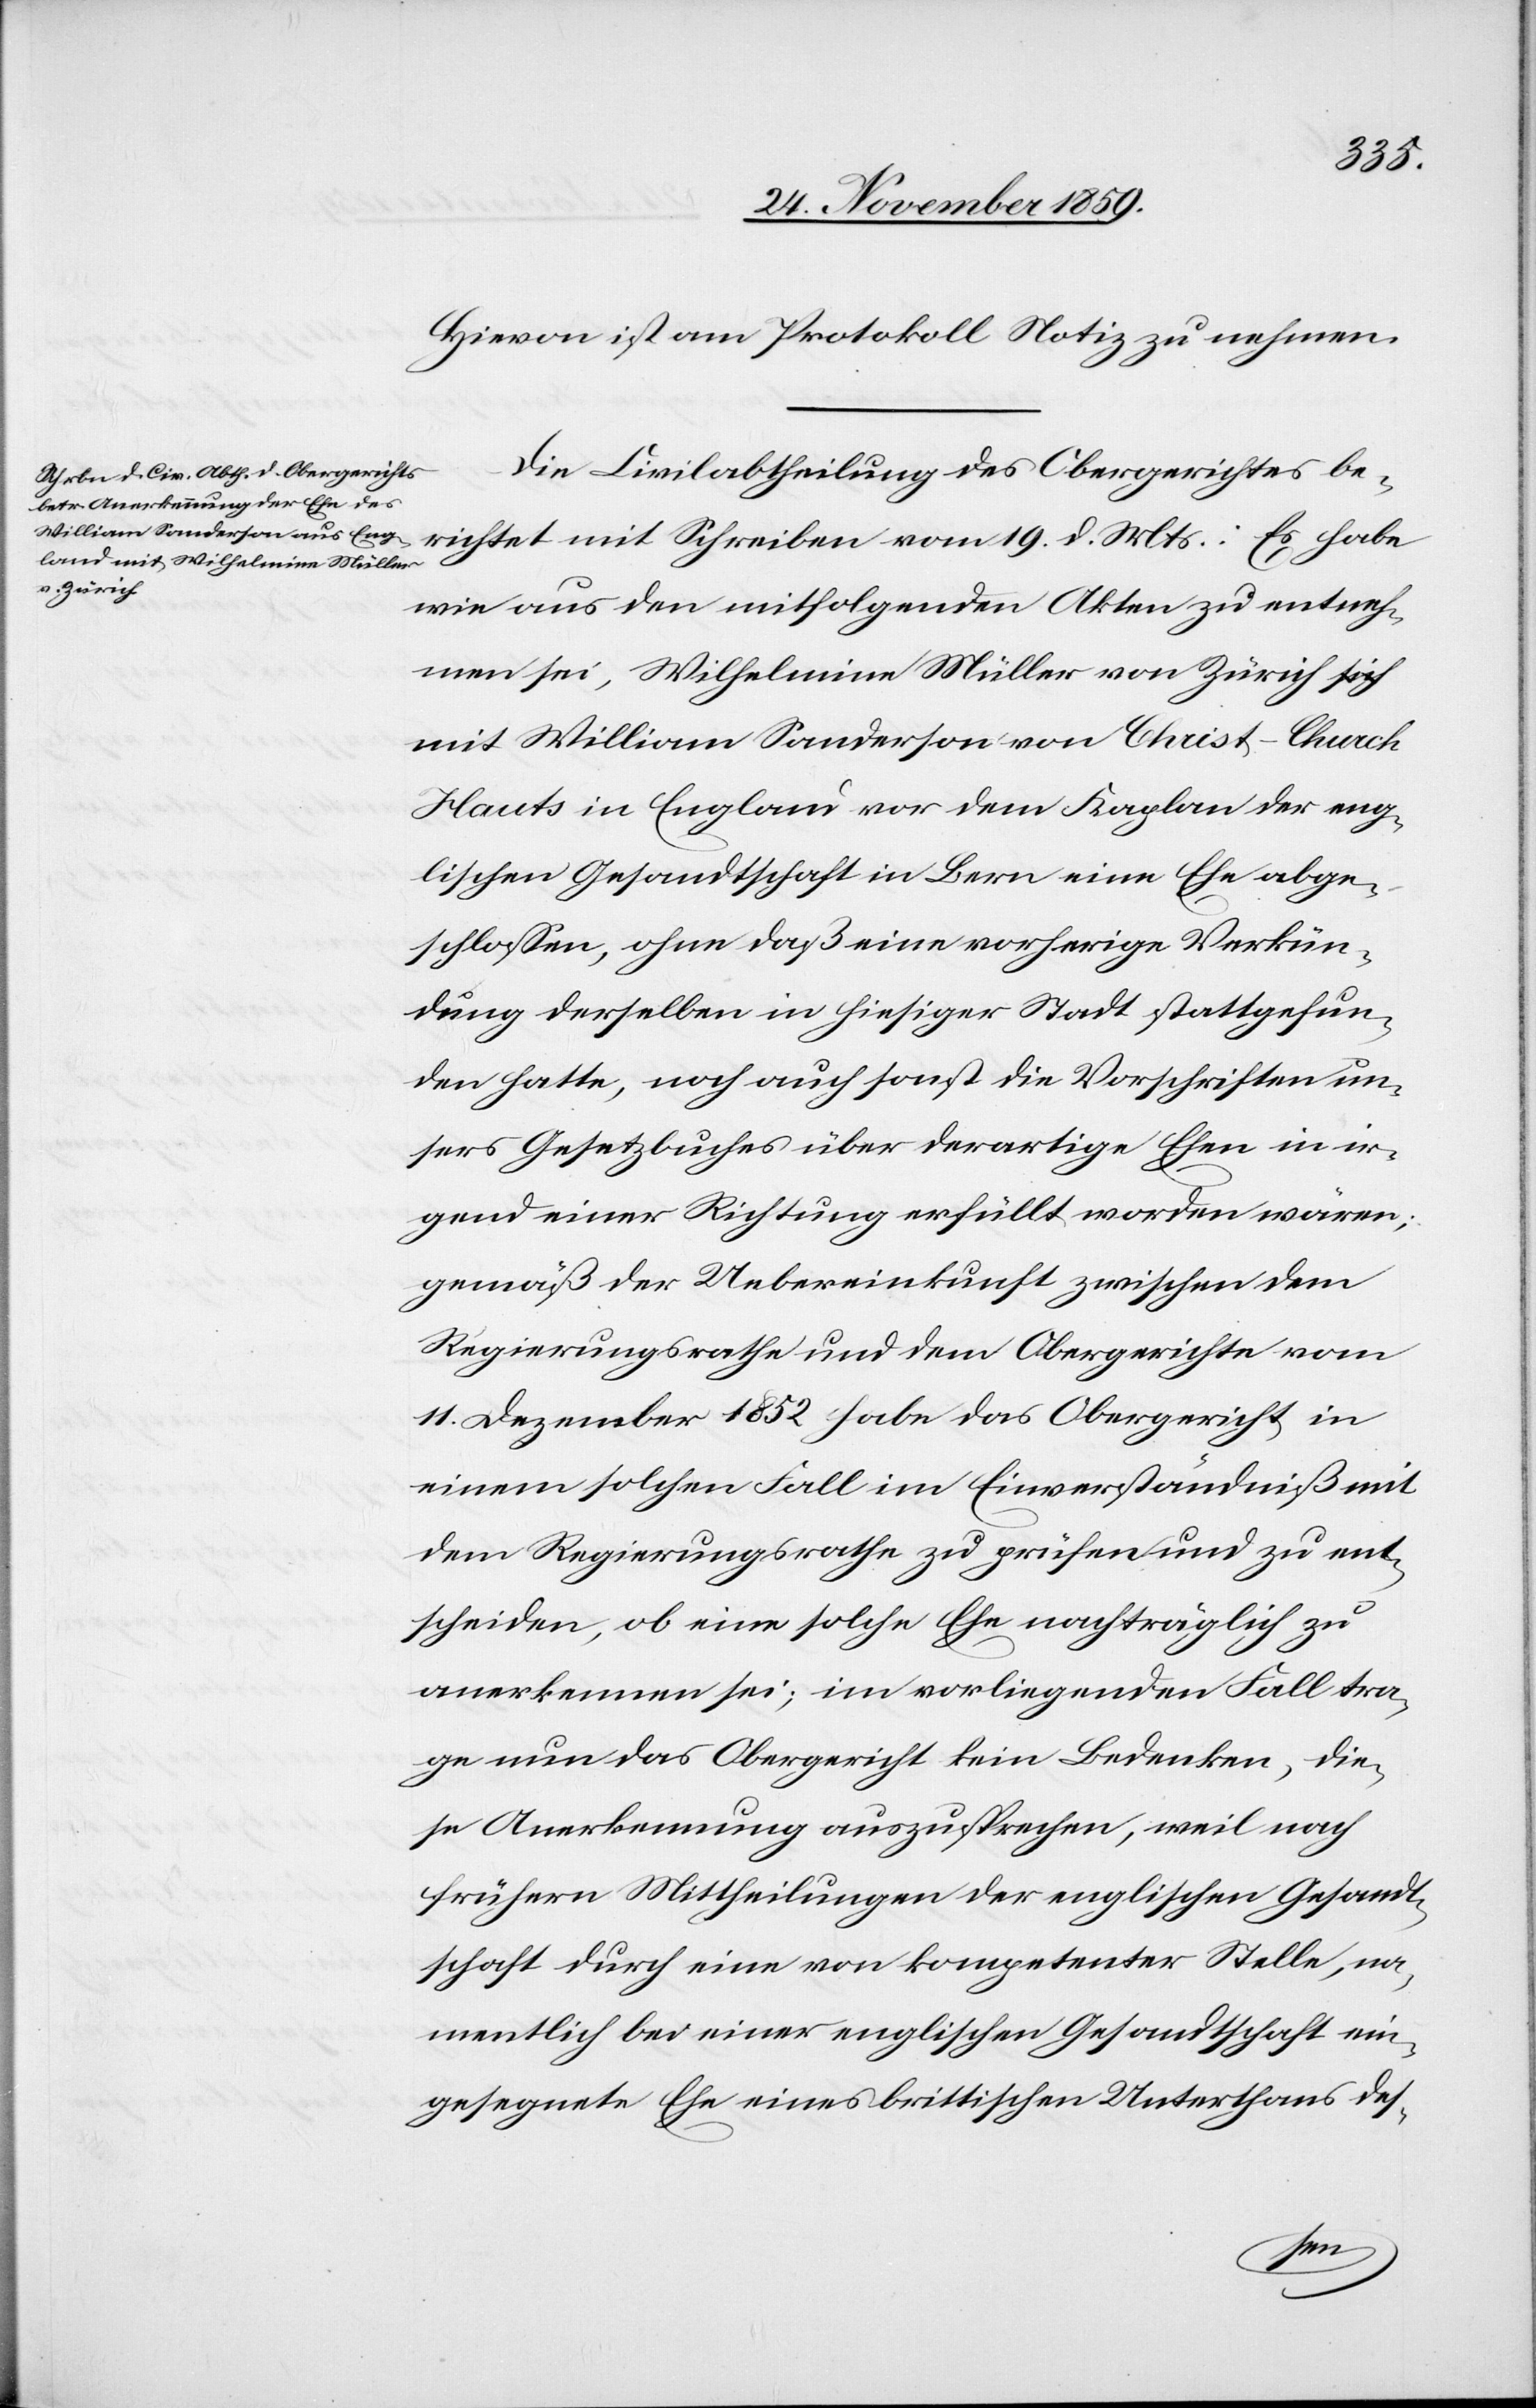
Hievon ist am Protokoll Notiz zu nehmen.
Die Civilabtheilung des Obergerichtes be¬
richtet mit Schreiben vom 19. v. Mts.: Es habe
wie aus den mitfolgenden Akten zu entneh¬
men sei, Wilhelmine Müller von Zürich sich
mit William Sanderson von Christ-Church
Hauts in England vor dem Kaplan der eng¬
lischen Gesandtschaft in Bern eine Ehe abge¬
schlossen, ohne daß eine vorherige Verkün¬
dung derselben in hiesiger Stadt stattgefun¬
den hatte, noch auch sonst die Vorschriften un¬
sres Gesetzbuches über derartige Ehen in ir¬
gend einer Richtung erfüllt worden wären;
gemäß der Uebereinkunft zwischen dem
Regierungsrathe und dem Obergerichte vom
11. Dezember 1852 habe das Obergericht in
einem solchen Fall im Einverständniß mit
dem Regierungsrathe zu prüfen und zu ent¬
scheiden, ob eine solche Ehe nachträglich zu
anerkennen sei; im vorliegenden Fall tra¬
ge nun das Obergericht kein Bedenken, die¬
se Anerkennung auszusprechen, weil nach
frühern Mittheilungen der englischen Gesandt¬
schaft durch eine von kompetenter Stelle, na¬
mentlich bei einer englischen Gesandtschaft ein¬
gesegnete Ehe eines brittischen Unterthans des-